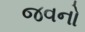
જવનો